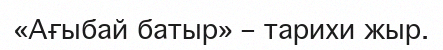
«Ағыбай батыр» – тарихи жыр.